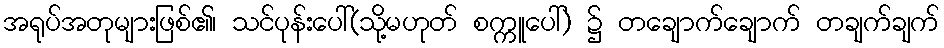
အရုပ်အတုများဖြစ်၏၊ သင်ပုန်းပေါ်(သို့မဟုတ် စက္ကူပေါ်) ၌ တချောက်ချောက် တချက်ချက်